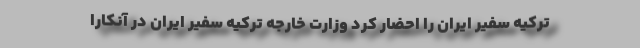
ترکیه سفیر ایران را احضار کرد وزارت خارجه ترکیه سفیر ایران در آنکارا